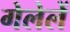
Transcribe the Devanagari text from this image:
गेलेलें